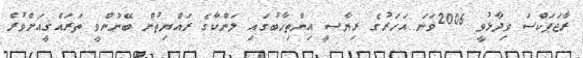
ރާޖަޕަކްސަ ވިދާޅުވީ 2006ވަނަ އަހަރުގެ ރިޔާސީ އިންތިޚާބުގައި ލަންކާގެ ރައްޔިތުން ބޭނުންވީ ތަރައްޤީއަށްވުރެ